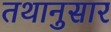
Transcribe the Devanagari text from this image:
तथानुसार